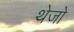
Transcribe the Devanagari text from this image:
थेजो